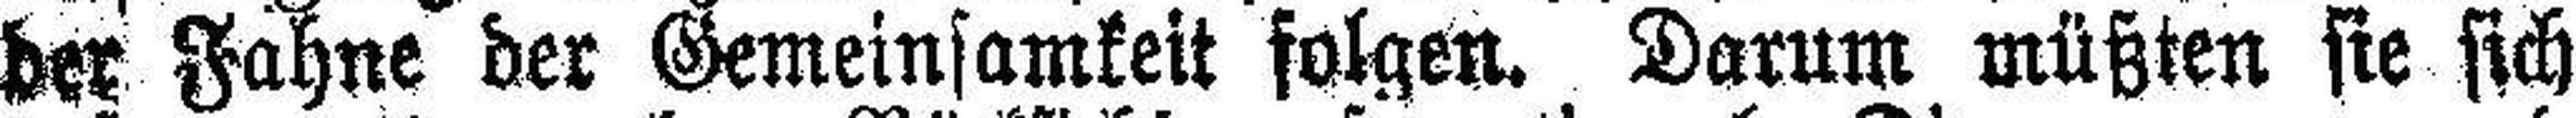
der Fahne der Gemeinsamkeit folgen. Darum müßten sie sich